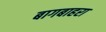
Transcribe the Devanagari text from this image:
बागबाहरा